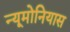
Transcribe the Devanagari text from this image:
न्यूमोनियास